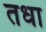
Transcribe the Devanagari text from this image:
तधा